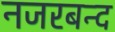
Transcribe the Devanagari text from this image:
नजरबन्‍द